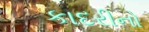
કાદરીનો